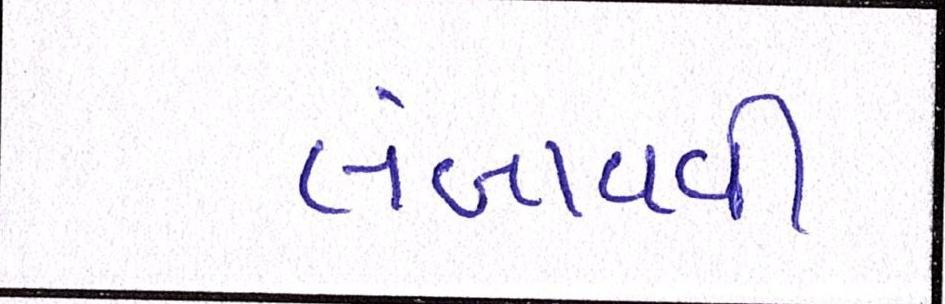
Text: લંબાવવી